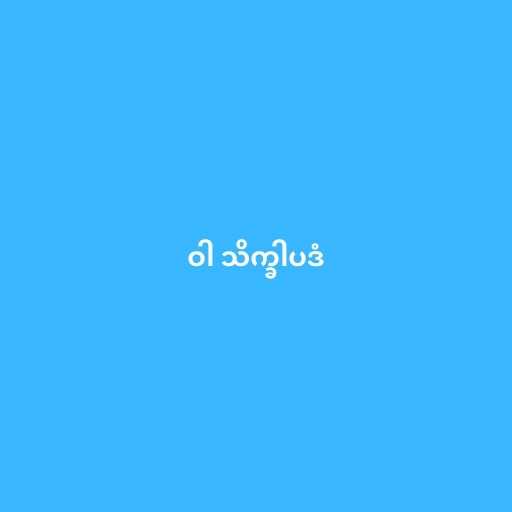
ဝါ သိက္ခါပဒံ